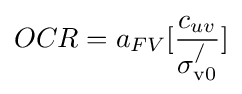
OCR=a_{FV}[{\frac {c_{uv}}{\sigma _{\mathrm {v0} }^{/}}}]